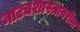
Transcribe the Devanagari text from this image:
नाट्यशास्त्रावरील